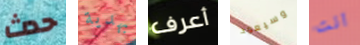
حدث بهدية أعرف وسيعود انت